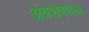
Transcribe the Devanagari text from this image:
अंवशेषमात्र